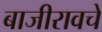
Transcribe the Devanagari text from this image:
बाजीरावचे